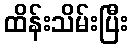
ထိန်းသိမ်းပြီး